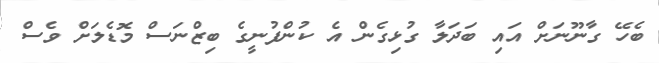
ބެހޭ ގާނޫނަށް އައި ބަދަލާ ގުޅިގެން އެ ކުންފުނީގެ ބިޒްނަސް މޮޑެލަށް ވެސް